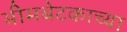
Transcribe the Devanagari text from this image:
भीमबेटकाच्या